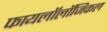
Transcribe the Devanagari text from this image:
फायलॉलॉजिकल